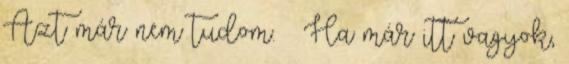
Azt már nem tudom. – Ha már itt vagyok,